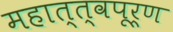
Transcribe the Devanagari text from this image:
महात्त्वपूर्ण